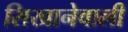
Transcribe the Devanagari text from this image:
सिखानेवाली